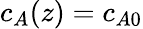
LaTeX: c_{A}(z)=c_{A0}